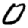
Digit: 0